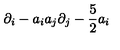
\partial _ { i } - a _ { i } a _ { j } \partial _ { j } - { \frac { 5 } { 2 } } a _ { i }